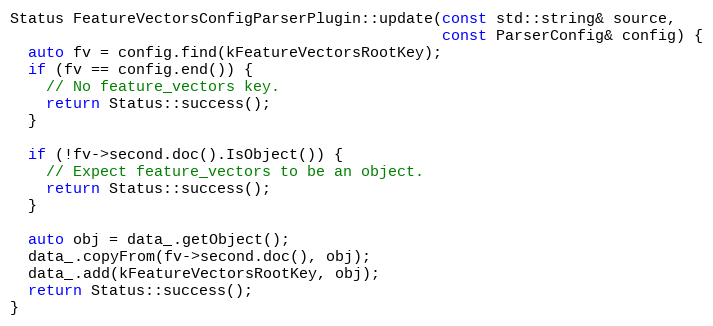
Language: C++
Status FeatureVectorsConfigParserPlugin::update(const std::string& source,
                                                const ParserConfig& config) {
  auto fv = config.find(kFeatureVectorsRootKey);
  if (fv == config.end()) {
    // No feature_vectors key.
    return Status::success();
  }

  if (!fv->second.doc().IsObject()) {
    // Expect feature_vectors to be an object.
    return Status::success();
  }

  auto obj = data_.getObject();
  data_.copyFrom(fv->second.doc(), obj);
  data_.add(kFeatureVectorsRootKey, obj);
  return Status::success();
}